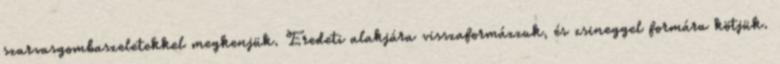
szarvasgombaszeletekkel megkenjük. Eredeti alakjára visszaformázzuk, és zsineggel formára kötjük.